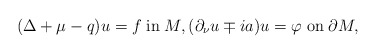
\begin{align*}(\Delta +\mu -q)u=f\; \mathrm{in}\; M,(\partial_\nu u\mp ia)u=\varphi\; \mathrm{on}\; \partial M,\end{align*}